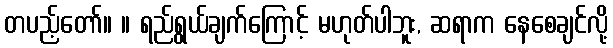
တပည့်တော်။ ။ ရည်ရွယ်ချက်ကြောင့် မဟုတ်ပါဘူး, ဆရာက နေစေချင်လို့